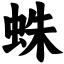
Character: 蛛